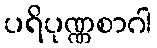
ပရိပုဏ္ဏစာဂါ